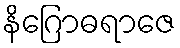
နိဂြောဓရာဇေ